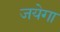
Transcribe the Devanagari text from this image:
जयेगा